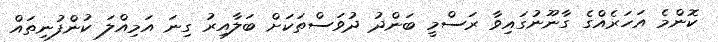
ކޮންމެ އަހަރެއްގެ ގާނޫނުގައިވާ ރަސްމީ ބަންދު ދުވަސްތަކަށް ބަލާއިރު ގިނަ އަމިއްލަ ކުންފުނިތައް